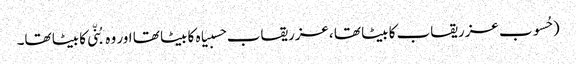
( حُسوب عزریقاب کا بیٹا تھا ،عزریقاب حسبیاہ کا بیٹا تھا اور وہ بُنّی کا بیٹا تھا۔